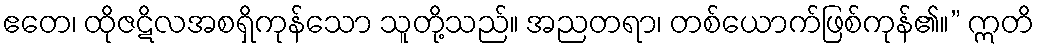
ဧတေ၊ ထိုဇဋိလအစရှိကုန်သော သူတို့သည်။ အညတရာ၊ တစ်ယောက်ဖြစ်ကုန်၏။” ဣတိ